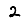
Digit: 2